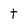
Character: t